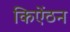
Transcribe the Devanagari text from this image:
किऐंठन